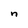
Character: n